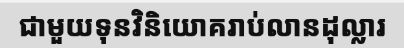
ជាមួយទុនវិនិយោគរាប់លានដុល្លារ